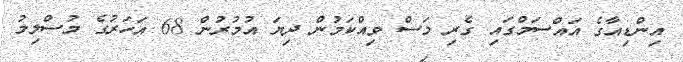
އިންޑިއާގެ އައްސަމްގައި ގެރި މަސް ވިއްކަމުން ދިޔަ އުމުރުން 68 އަހަރުގެ މުސްލިމު